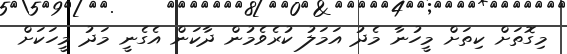
މިގޮތަށް ކިތަށް މީހުނާ މެދު އަމަލު ކުރެވެމުން ދާކަން އެގެނީ މަދު މީހަކަށް